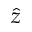
\hat { z }